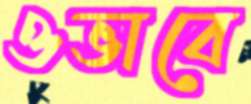
ওভাবে